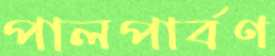
পালপার্বণ